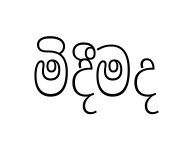
මිදීමද